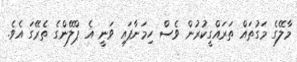
މާލޭގެ މަގުތައް ތަރައްގީކުރުން ވެސް ހިމަނާފައި ވަނީ އެ ޕްލޭންގެ ތެރޭގަ އެވެ.